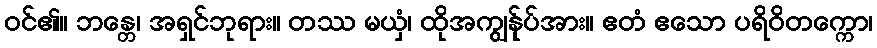
ဝင်၏။ ဘန္တေ၊ အရှင်ဘုရား။ တဿ မယှံ၊ ထိုအကျွန်ုပ်အား။ ဧတံ ဧသော ပရိဝိတက္ကော၊